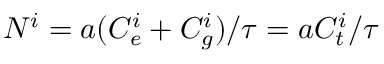
N ^ { i } = a ( C _ { e } ^ { i } + C _ { g } ^ { i } ) / \tau = a C _ { t } ^ { i } / \tau